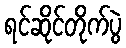
ရင်ဆိုင်တိုက်ပွဲ